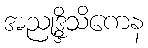
အညုဒ္ဒိသိကေန